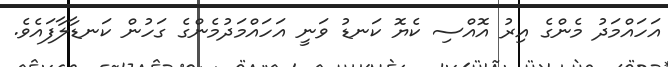
އަހައްމަދު މެންގެ އިރު އޮއްސި ކެޔޮ ކަނޑު ވަނީ އަހައްމަދުމެންގެ ގަހުން ކަނޑާލާފައެވެ.